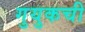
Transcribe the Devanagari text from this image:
गुयुकची